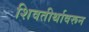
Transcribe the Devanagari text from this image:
शिवतीर्थावरून